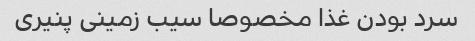
سرد بودن غذا مخصوصا سیب زمینی پنیری